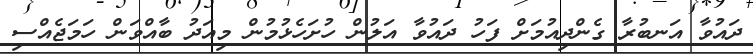
ދައުވާ އަނބުރާ ގެންދިއުމަށް ފަހު ދައުވާ އަލުން ހުށަހެޅުމުން މިއަދު ބާއްވަން ހަމަޖެއްސި